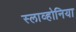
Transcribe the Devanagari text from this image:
स्लाव्होनिया